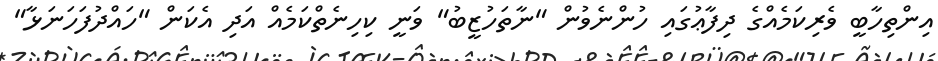
އިންތިހާބީ ވެރިކަމެއްގެ ދިފާޢުގައި ހުންނެވުން "ނާތަހުޒީބު" ވަނީ ކިހިނެތްކަމެއް އަދި އެކަން "ހައްދުފަހަނަޅާ"